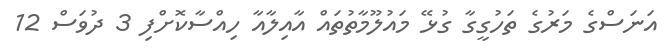
އަނަސްގެ މަރުގެ ތަހުގީގާ ގުޅޭ މައުލޫމާތުތައް އާއިލާއާ ހިއްސާކޮށްފި 3 ދުވަސް 12